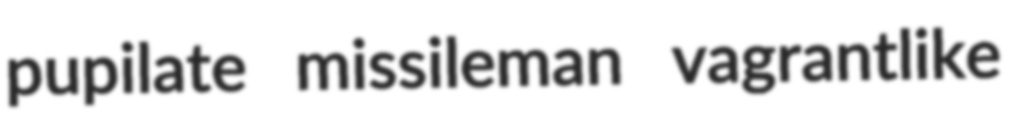
pupilate missileman vagrantlike